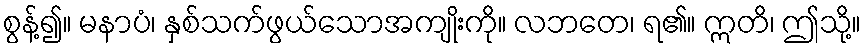
စွန့်၍။ မနာပံ၊ နှစ်သက်ဖွယ်သောအကျိုးကို။ လဘတေ၊ ရ၏။ ဣတိ၊ ဤသို့။